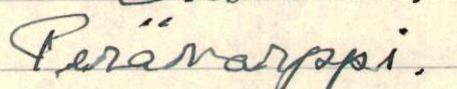
Perävarppi.